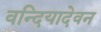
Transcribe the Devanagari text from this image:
वन्दियादेवन